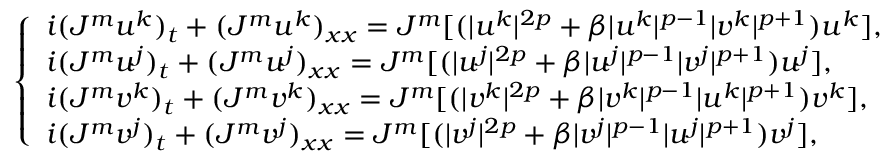
\begin{array} { r } { \left\lbrace \begin{array} { l } { i ( J ^ { m } u ^ { k } ) _ { t } + ( J ^ { m } u ^ { k } ) _ { x x } = J ^ { m } [ ( | u ^ { k } | ^ { 2 p } + \beta | u ^ { k } | ^ { p - 1 } | v ^ { k } | ^ { p + 1 } ) u ^ { k } ] , } \\ { i ( J ^ { m } u ^ { j } ) _ { t } + ( J ^ { m } u ^ { j } ) _ { x x } = J ^ { m } [ ( | u ^ { j } | ^ { 2 p } + \beta | u ^ { j } | ^ { p - 1 } | v ^ { j } | ^ { p + 1 } ) u ^ { j } ] , } \\ { i ( J ^ { m } v ^ { k } ) _ { t } + ( J ^ { m } v ^ { k } ) _ { x x } = J ^ { m } [ ( | v ^ { k } | ^ { 2 p } + \beta | v ^ { k } | ^ { p - 1 } | u ^ { k } | ^ { p + 1 } ) v ^ { k } ] , } \\ { i ( J ^ { m } v ^ { j } ) _ { t } + ( J ^ { m } v ^ { j } ) _ { x x } = J ^ { m } [ ( | v ^ { j } | ^ { 2 p } + \beta | v ^ { j } | ^ { p - 1 } | u ^ { j } | ^ { p + 1 } ) v ^ { j } ] , } \end{array} \right. } \end{array}